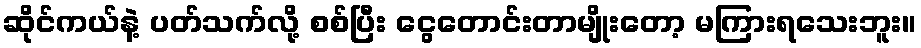
ဆိုင်ကယ်နဲ့ ပတ်သက်လို့ စစ်ပြီး ငွေတောင်းတာမျိုးတော့ မကြားရသေးဘူး။